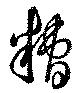
糟